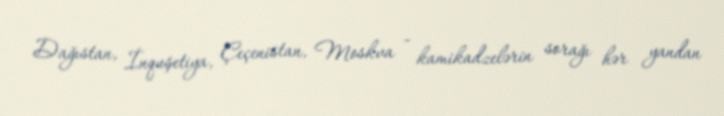
Dağıstan, İnquşetiya, Çeçenistan, Moskva - kamikadzelərin sorağı hər yandan